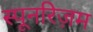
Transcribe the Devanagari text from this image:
स्पूनरिज़म